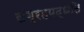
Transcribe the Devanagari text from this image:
संग्रहपद्धति